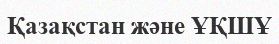
Қазақстан және ҰҚШҰ